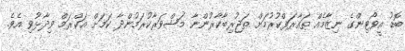
ބޮޑު އީވޯޓިންގެ ނިޒާމެއް ތައާރަފްކުރުމަށް ތަޖުރިބާކާރުންނާ މަޝްވަރާކުރަމުންދާ ކަމަށް އަކްރަމް ވިދާޅުވި އެވެ.